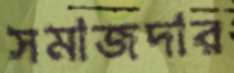
সমাজদার